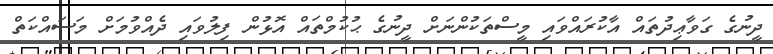
ދީނުގެ ގަވާޢިދުތައް އާކުރައްވައި މީސްތަކުންނަށް ދީނުގެ ޙުކުމްތައް އޮޅުން ފިލުވައި ދެއްވުމަށް މަސައްކަތް